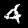
Digit: 4